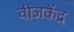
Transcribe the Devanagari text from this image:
वीजकेंद्र